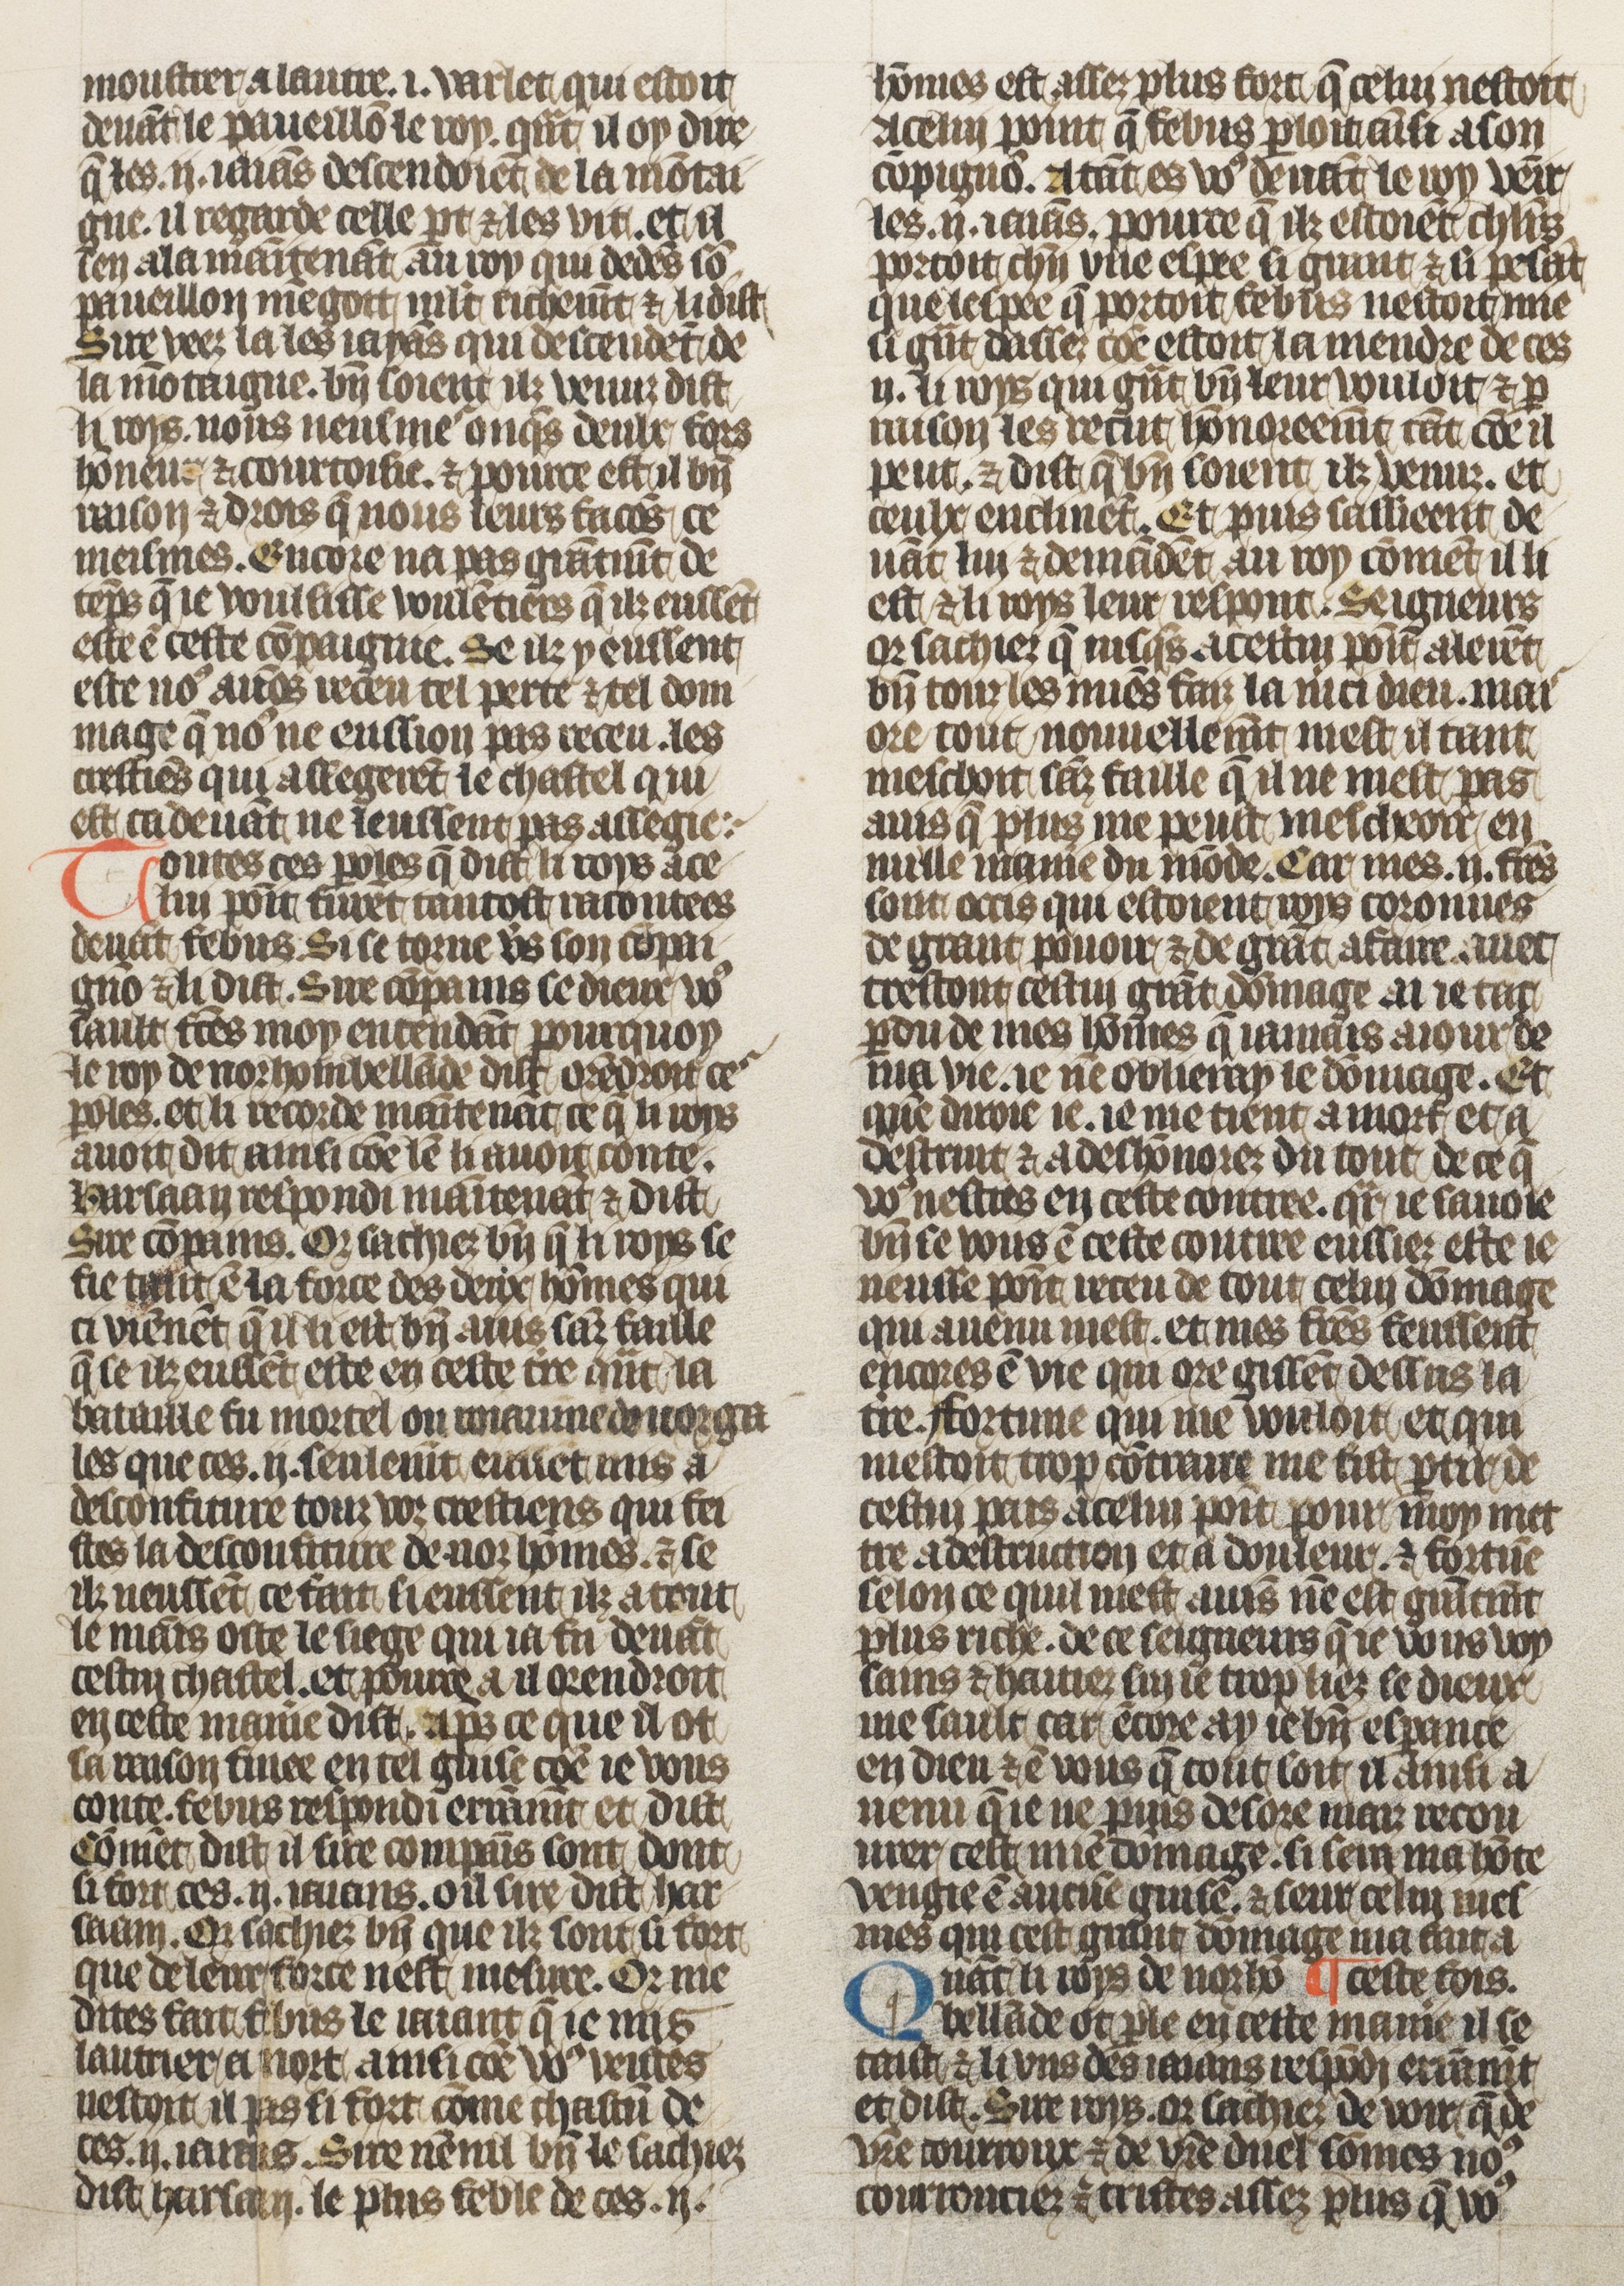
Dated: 1410–1430